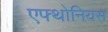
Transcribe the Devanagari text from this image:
एफ्थोनियस